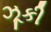
ઝૂકી